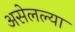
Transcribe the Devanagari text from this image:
असेलल्या